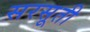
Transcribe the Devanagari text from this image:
सरसूती